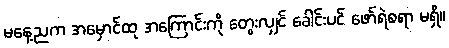
မနေ့ညက အမှောင်ထု အကြောင်းကို တွေးလျှင် ခေါင်းပင် ဖော်ရဲစရာ မရှိ။